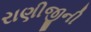
રાણીજીની